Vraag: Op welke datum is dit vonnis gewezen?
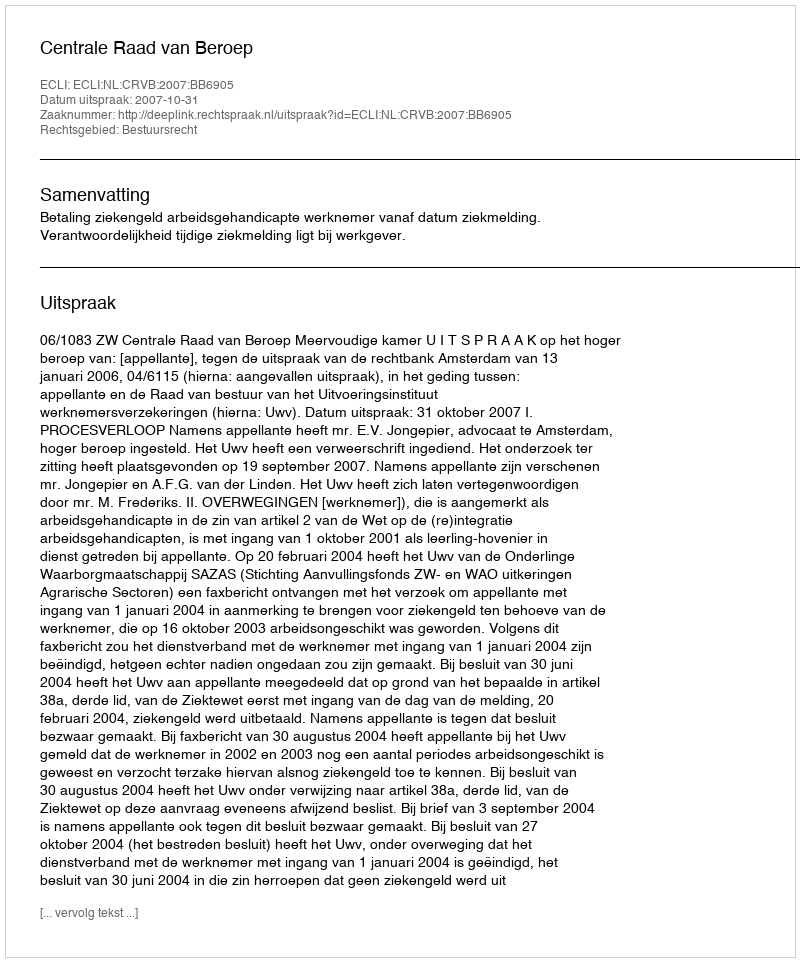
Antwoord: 2007-10-31